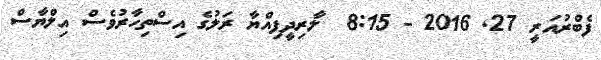
ފެބްރުއަރީ 27